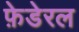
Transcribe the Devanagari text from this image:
फ़ेडेरल